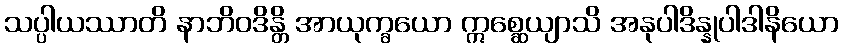
သပ္ပါယဿာတိ နာဘိဝဒိန္တိ အာယုက္ခယော ဣစ္ဆေယျာသိ အနုပါဒိန္နုပါဒါနိယော